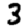
Digit: 3